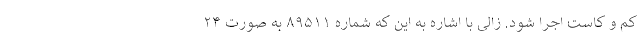
کم و کاست اجرا شود. زالی با اشاره به این که شماره ۸۹۵۱۱ به صورت ۲۴